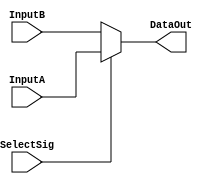
`timescale 1ns / 1ps
//////////////////////////////////////////////////////////////////////////////////
// Company: 
// Engineer: 
// 
// Design Name: 
// Module Name: MUX_2to1_5bits
// Project Name: 
// Target Devices: 
// Tool Versions: 
// Description: 
// 
// Dependencies: 
// 
// Revision:
// Revision 0.01 - File Created
// Additional Comments:
// 
//////////////////////////////////////////////////////////////////////////////////


module MUX_2to1_5bits(
    input SelectSig,
    input[4:0] InputA,
    input[4:0] InputB,
    output[4:0] DataOut
    );    
    assign DataOut = SelectSig ? InputA : InputB;    
endmodule